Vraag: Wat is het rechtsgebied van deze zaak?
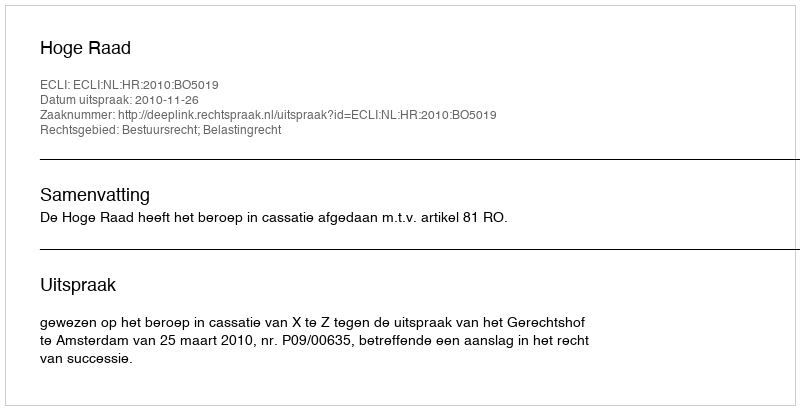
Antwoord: Bestuursrecht; Belastingrecht